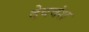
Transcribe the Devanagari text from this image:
देववंश